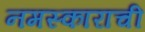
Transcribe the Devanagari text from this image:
नमस्काराची